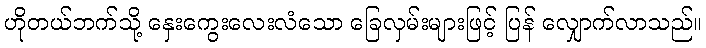
ဟိုတယ်ဘက်သို့ နှေးကွေးလေးလံသော ခြေလှမ်းများဖြင့် ပြန် လျှောက်လာသည်။